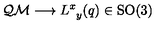
\mathcal { Q M } \longrightarrow L _ { \phantom { x } y } ^ { x } ( q ) \in \mathrm { S O ( 3 ) }